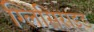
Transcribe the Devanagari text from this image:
ग्लिसिराइड